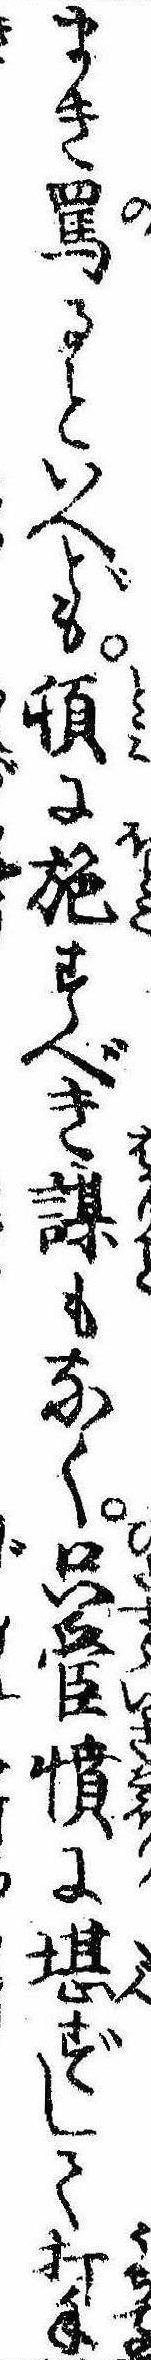
まき罵るといへども頓に施すべき謀もなく只管憤に堪ずして打手